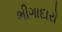
ભીગાદારો